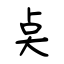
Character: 奌